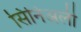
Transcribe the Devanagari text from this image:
सिनिअली